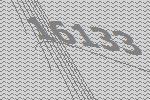
16133